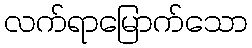
လက်ရာမြောက်သော